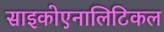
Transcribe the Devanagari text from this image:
साइकोएनालिटिकल